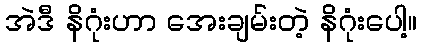
အဲဒီ နိဂုံးဟာ အေးချမ်းတဲ့ နိဂုံးပေါ့။